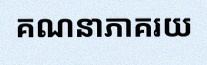
គណនាភាគរយ